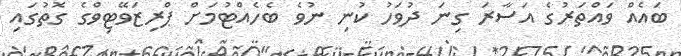
ބައެއް ވައްތަރުގެ އަސާރަ ގިނަ ދުވަހު ކުނި ނުވެ ބެހެއްޓުމަށް ޕްރިޒަވޭޓިވްގެ ގޮތުގައި